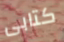
كتابى